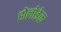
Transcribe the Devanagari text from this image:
होलोडेक